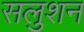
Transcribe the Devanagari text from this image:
सलुशन